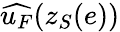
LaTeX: \widehat{u_{F}}(z_{S}(e))